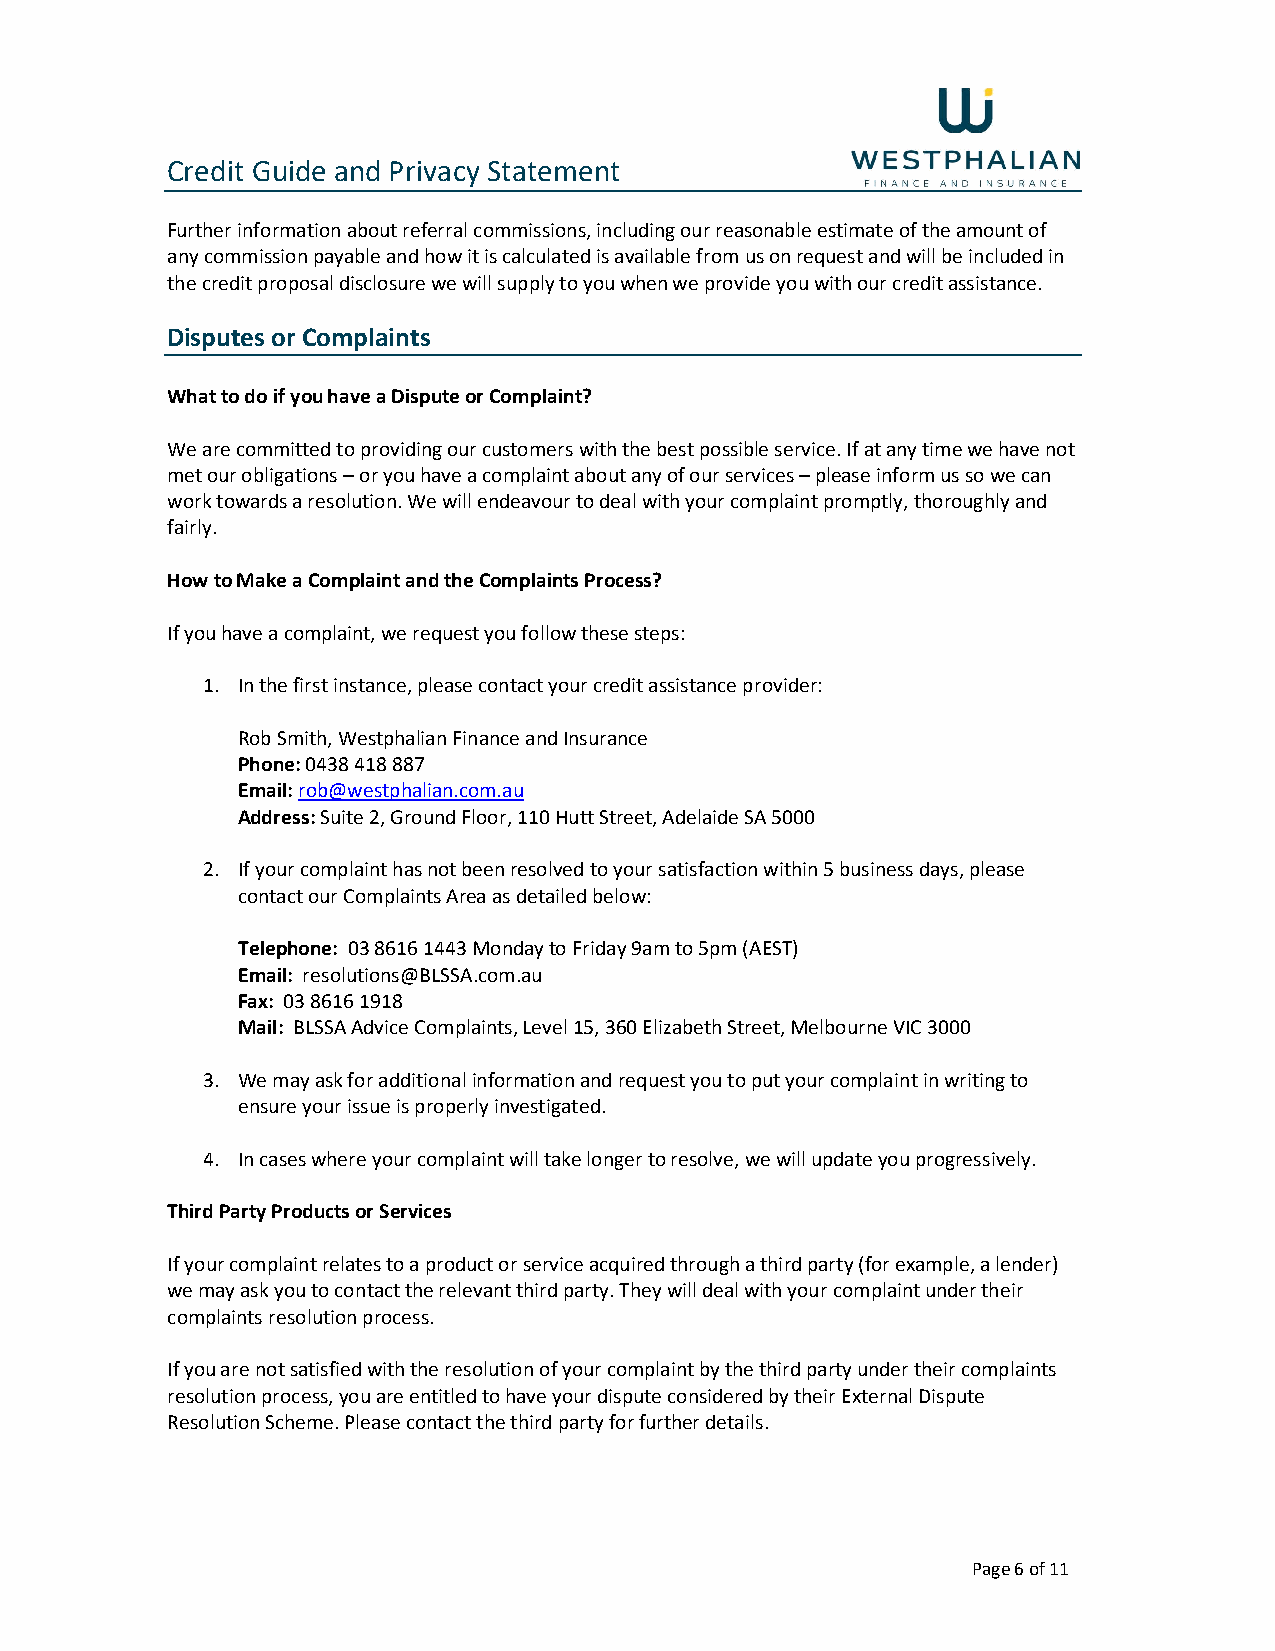
Credit Guide and Privacy Statement
 Further information about referral commissions, including our reasonable estimate of the amount of
 any commission payable and how it is calculated is available from us on request and will be included in
 the credit proposal disclosure we will supply to you when we provide you with our credit assistance.
 Disputes or Complaints
 What to do if you have a Dispute or Complaint?
 We are committed to providing our customers with the best possible service. If at any time we have not
 met our obligations – or you have a complaint about any of our services – please inform us so we can
 work towards a resolution. We will endeavour to deal with your complaint promptly, thoroughly and
 fairly.
 How to Make a Complaint and the Complaints Process?
 If you have a complaint, we request you follow these steps:
 1. In the first instance, please contact your credit assistance provider:
 Rob Smith, Westphalian Finance and Insurance
 Phone: 0438 418 887
 Email: rob@westphalian.com.au
 Address: Suite 2, Ground Floor, 110 Hutt Street, Adelaide SA 5000
 2. If your complaint has not been resolved to your satisfaction within 5 business days, please
 contact our Complaints Area as detailed below:
 Telephone: 03 8616 1443 Monday to Friday 9am to 5pm (AEST)
 Email: resolutions@BLSSA.com.au
 Fax: 03 8616 1918
 Mail: BLSSA Advice Complaints, Level 15, 360 Elizabeth Street, Melbourne VIC 3000
 3. We may ask for additional information and request you to put your complaint in writing to
 ensure your issue is properly investigated.
 4. In cases where your complaint will take longer to resolve, we will update you progressively.
 Third Party Products or Services
 If your complaint relates to a product or service acquired through a third party (for example, a lender)
 we may ask you to contact the relevant third party. They will deal with your complaint under their
 complaints resolution process.
 If you are not satisfied with the resolution of your complaint by the third party under their complaints
 resolution process, you are entitled to have your dispute considered by their External Dispute
 Resolution Scheme. Please contact the third party for further details.
 Page 6 of 11